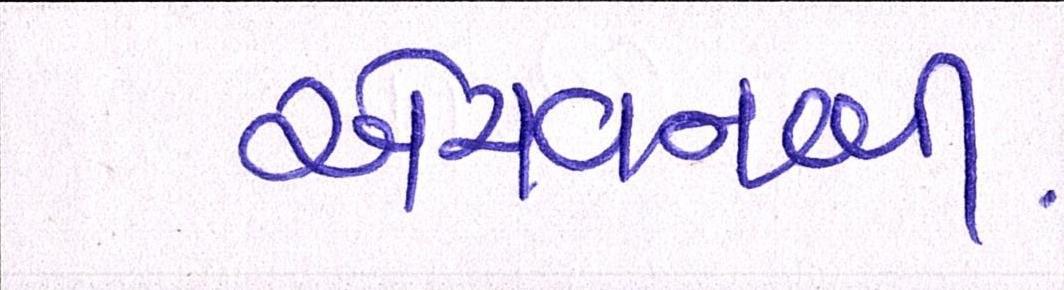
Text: એચવનબી